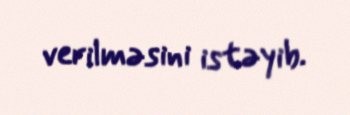
verilməsini istəyib.